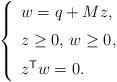
LaTeX: \begin{align*} \left\{\begin{array}[c]{l}w=q+Mz, \medskip\\z\geq 0,\, w\geq 0,\medskip\\z^{\mathsf T} w = 0 .\end{array}\right.\end{align*}